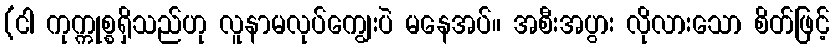
(ငါ ကုက္ကုစ္စရှိသည်ဟု လူနာမလုပ်ကျွေးပဲ မနေအပ်။ အစီးအပွား လိုလားသော စိတ်ဖြင့်